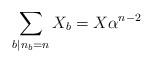
LaTeX: \begin{align*}\sum_{b\vert n_b=n}X_b=X\alpha^{n-2}\end{align*}